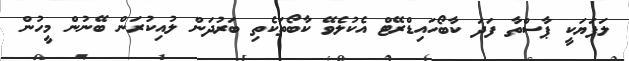
ލަފަޔަކީ ޕާސްތާ ފަދަ ކާބޯހައިޑްރޭޓް އެކުލެވޭ ކާބޯތަކެތި ބަރުދަން ލުއިކުރަން ބޭނުން މީހުން